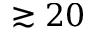
\gtrsim 2 0